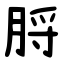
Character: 脟